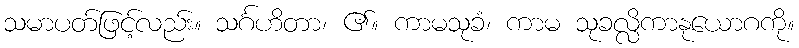
သမာပတ်ဖြင့်လည်း။ သင်္ဂဟိတာ၊ ၏။ ကာမသုခံ၊ ကာမ သုခလ္လိကာနုယောဂကို။